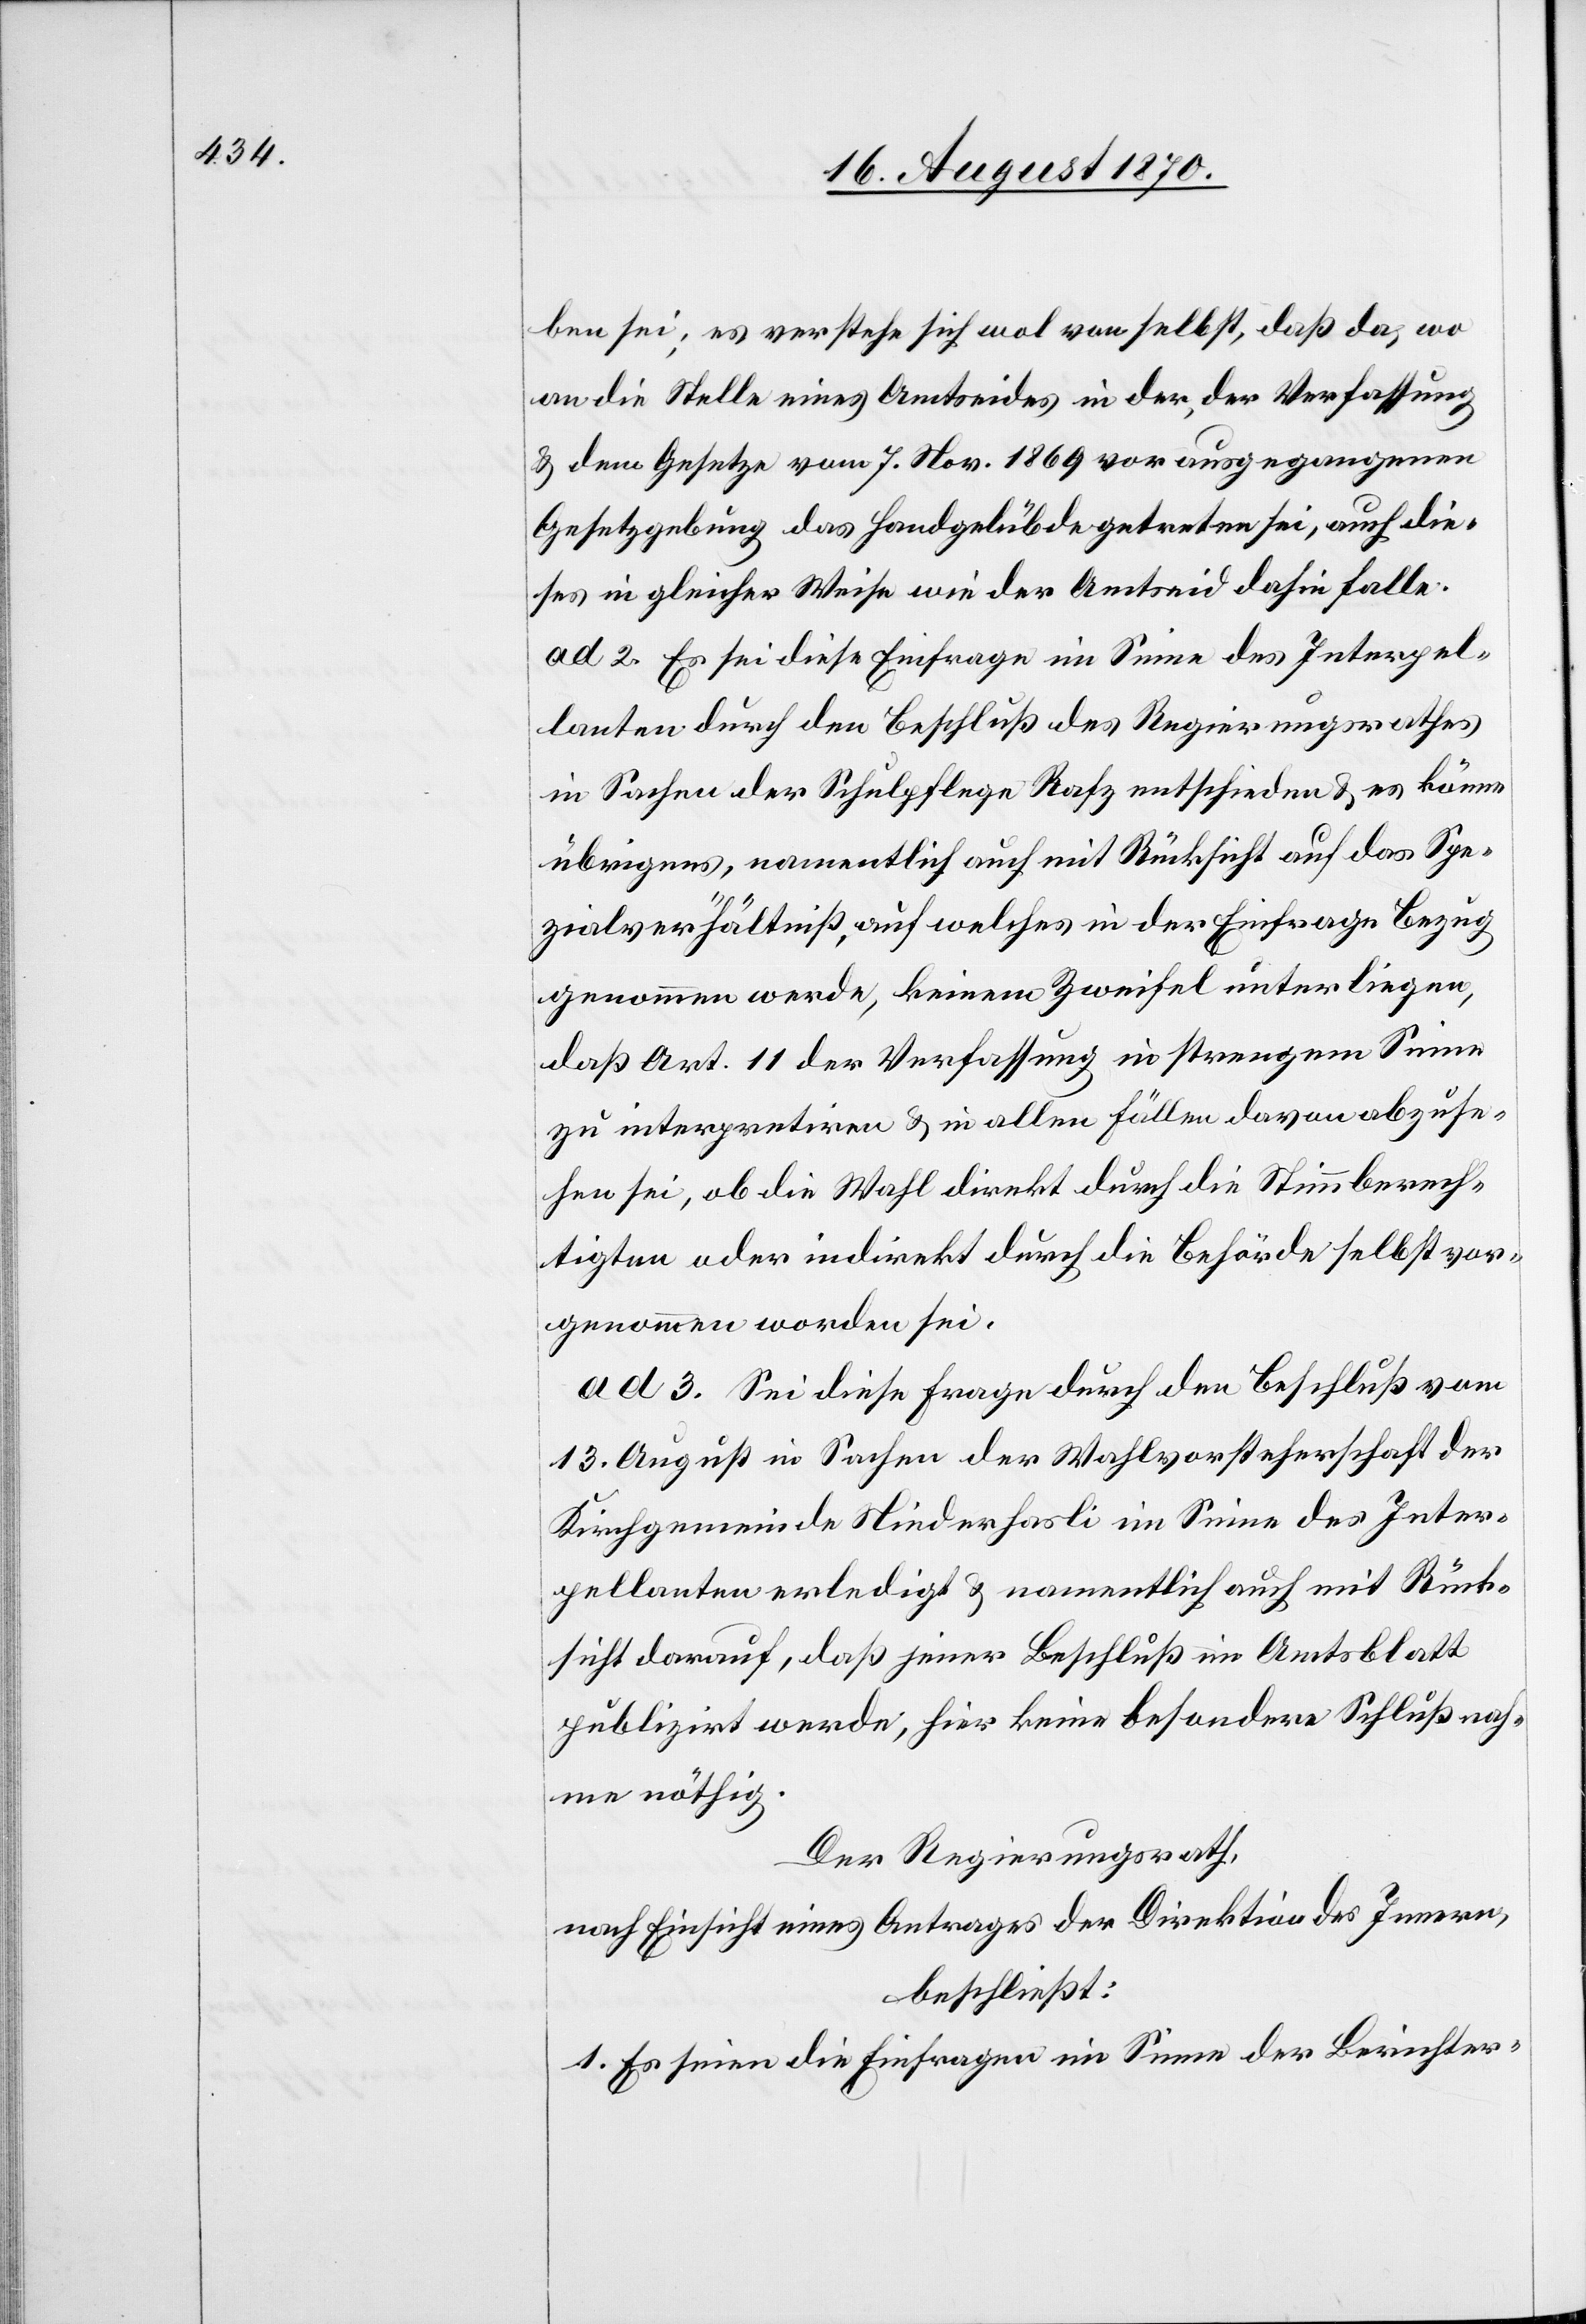
ben sei; es verstehe sich wol von selbst, daß da, wo
an die Stelle eines Amtseides in der, der Verfassung
& dem Gesetze vom 7. Nov. 1869 vorausgegangenen
Gesetzgebung das Handgelübde getreten sei, auch die¬
ses in gleicher Weise wie der Amtseid dahin falle.
ad 2. Es sei diese Einfrage im Sinne des Interpel¬
lanten durch den Beschluß des Regierungsrathes
in Sachen der Schulpflege Rafz entschieden & es könne
übrigens, namentlich auch mit Rücksicht auf das Spe¬
zialverhältniß, auf welches in der Einfrage Bezug
genommen werde, keinem Zweifel unterliegen,
daß Art. 11 der Verfassung in strengem Sinne
zu interpretiren & in allen Fällen davon abzuse¬
hen sei, ob die Wahl direkt durch die Stimmberech¬
tigten oder indirekt durch die Behörde selbst vor¬
genommen worden sei.
ad 3. Sei diese Frage durch den Beschluß vom
13. August in Sachen der Wahlvorsteherschaft der
Kirchgemeinde Niederhasli im Sinne des Inter¬
pellanten erledigt & namentlich auch mit Rück¬
sicht darauf, daß jener Beschluß im Amtsblatt
publizirt werde, hier keine besondere Schlußnah¬
me nötig.
Der Regierungsrath,
nach Einsicht eines Antrages der Direktion des Innern,
beschließt:
1. Es seien die Einfragen im Sinne der Berichter-